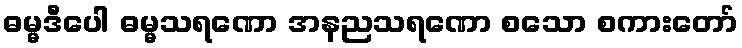
ဓမ္မဒီပေါ ဓမ္မသရဏော အနညသရဏော စသော စကားတော်